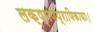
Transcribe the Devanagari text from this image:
लक्ष्मणप्राणिकायाः।